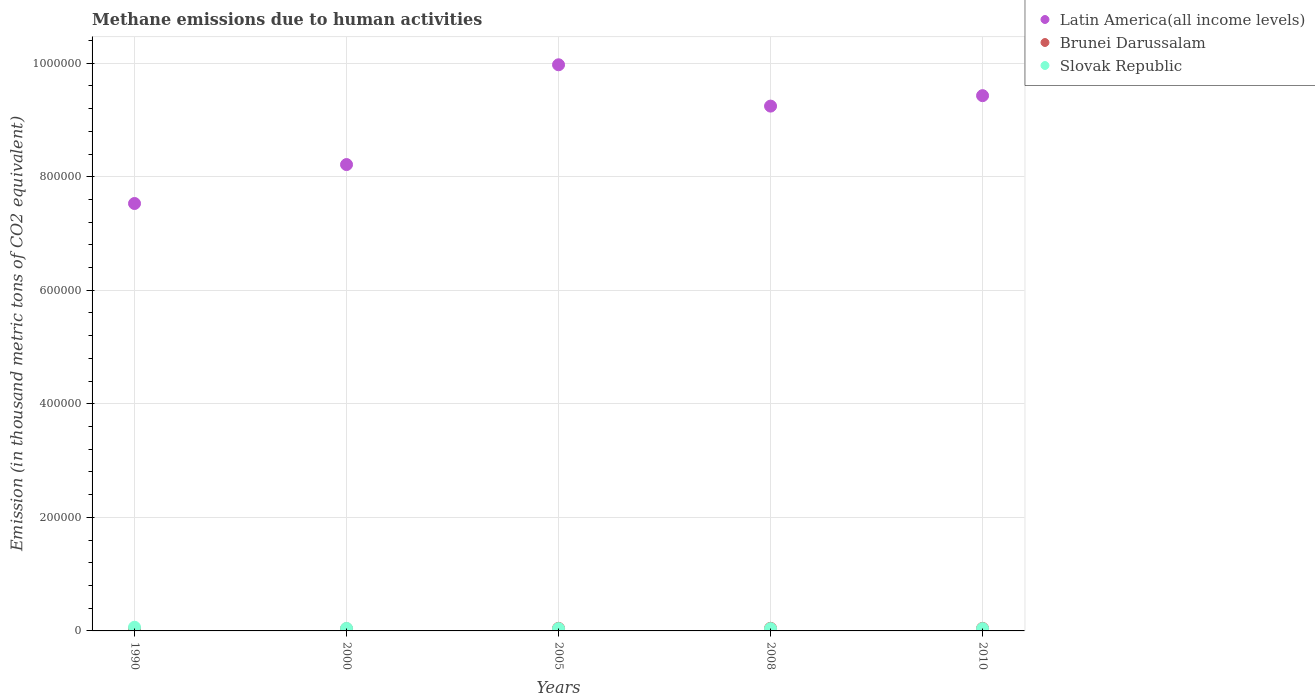
| Years | Latin America(all income levels) | Brunei Darussalam | Slovak Republic |
 | --- | --- | --- | --- |
 | 1990 | 7.53e+05 | 3.59e+03 | 6.45e+03 |
 | 2000 | 8.21e+05 | 3.86e+03 | 4.43e+03 |
 | 2005 | 9.97e+05 | 4.54e+03 | 4.06e+03 |
 | 2008 | 9.24e+05 | 4.62e+03 | 4.01e+03 |
 | 2010 | 9.43e+05 | 4.45e+03 | 3.98e+03 |